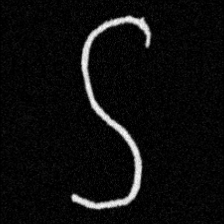
Pyu character \u2014 Myanmar letter: ဌ (romanized: ttha)